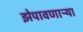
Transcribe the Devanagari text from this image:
झेपावणाऱ्या